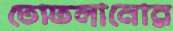
তোতলানোর